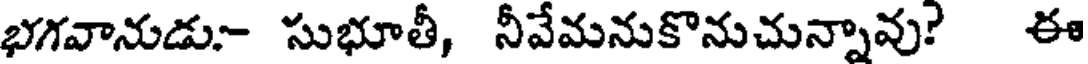
భగవానుడు- సుభూతీ, నీవేమనుకొనుచున్నావు? ఈ